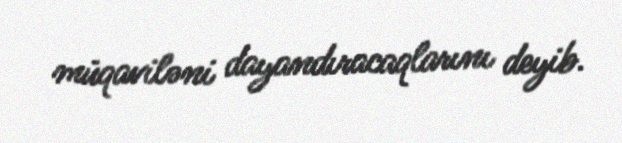
müqaviləni dayandıracaqlarını deyib.